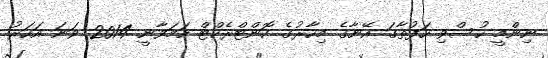
ނިންމީ ހުސްވި ހަފުތާގަ އޭނާގެ މިހާރުގެ ކޮންޓްރެކްޓް ހަމަވާނީ 2014 ވަނަ އަހަރު